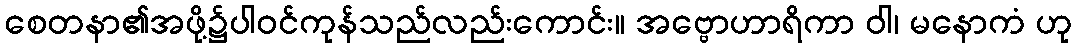
စေတနာ၏အဖို့၌ပါဝင်ကုန်သည်လည်းကောင်း။ အဗ္ဗောဟာရိကာ ဝါ၊ မနောကံ ဟု